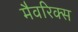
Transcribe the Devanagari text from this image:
मैवरिक्स